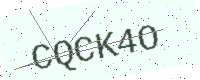
Text: CQCK4O